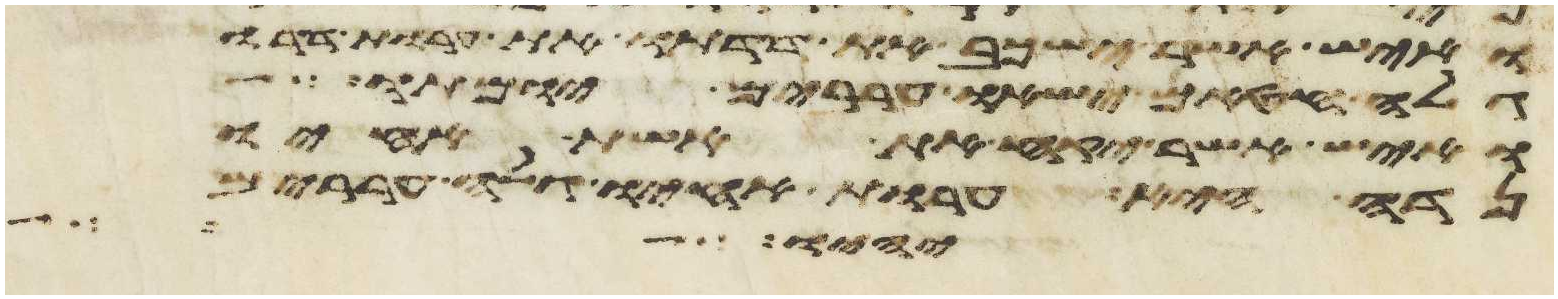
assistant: ואיש אשר ישכב את דדתו את ערות דדו
גלה חטאם ישאו עררים יומתו
ואיש אשר יקח את אשת אחיו
נדה היא ערות אחיו גלה עררים
יהוה